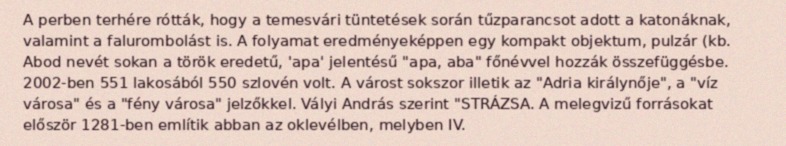
A perben terhére rótták, hogy a temesvári tüntetések során tűzparancsot adott a katonáknak, valamint a falurombolást is. A folyamat eredményeképpen egy kompakt objektum, pulzár (kb. Abod nevét sokan a török eredetű, 'apa' jelentésű "apa, aba" főnévvel hozzák összefüggésbe. 2002-ben 551 lakosából 550 szlovén volt. A várost sokszor illetik az "Adria királynője", a "víz városa" és a "fény városa" jelzőkkel. Vályi András szerint "STRÁZSA. A melegvizű forrásokat először 1281-ben említik abban az oklevélben, melyben IV.